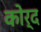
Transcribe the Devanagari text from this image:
कोर्द